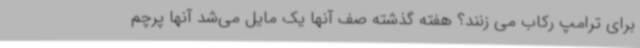
برای ترامپ رکاب می زنند؟ هفته گذشته صف آنها یک مایل می‌شد آنها پرچم